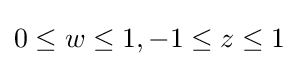
0\leq w\leq 1,-1\leq z\leq 1